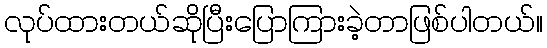
လုပ်ထားတယ်ဆိုပြီးပြောကြားခဲ့တာဖြစ်ပါတယ်။